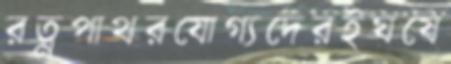
রত্নপাথরযোগ্যদেরইঘষে